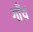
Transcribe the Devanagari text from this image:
गाँय